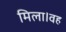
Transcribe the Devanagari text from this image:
मिला।वह